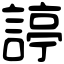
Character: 諪